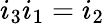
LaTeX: i_{3}i_{1}=i_{2}